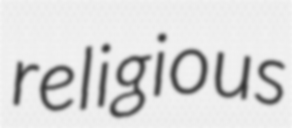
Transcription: religious